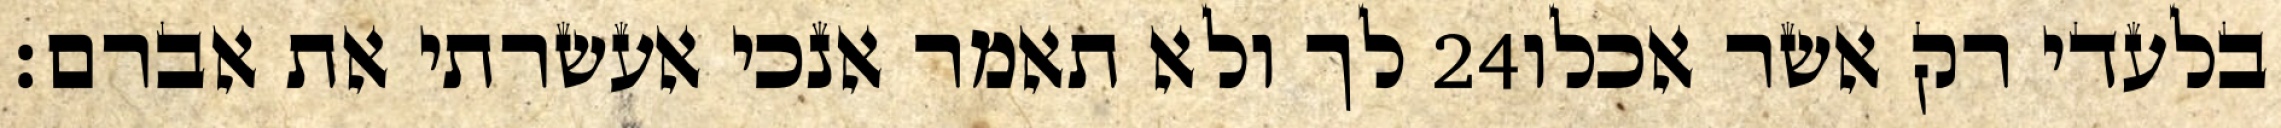
לך ולא תאמר אנכי אעשרתי את אברם׃ ‎24‏ בלעדי רק אשר אכלו